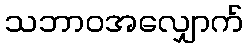
သဘာဝအလျှောက်